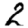
Digit: 2